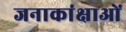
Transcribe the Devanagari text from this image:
जनाकांक्षाओं